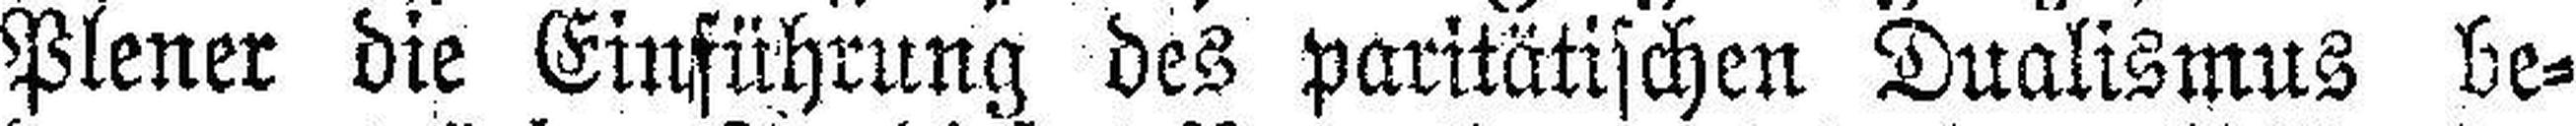
Plener die Einführung des paritätischen Dualismus be¬